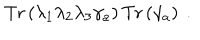
\mathrm { T r } \left( \lambda _ { 1 } \lambda _ { 2 } \lambda _ { 3 } \gamma _ { a } \right) \mathrm { T r } \left( \gamma _ { a } \right) ~ .